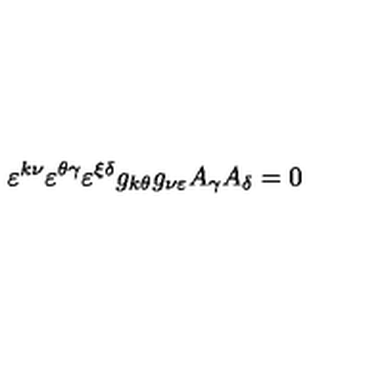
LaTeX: \varepsilon ^ { k \nu } \varepsilon ^ { \theta \gamma } \varepsilon ^ { \xi \delta } g _ { k \theta } g _ { \nu \varepsilon } A _ { \gamma } A _ { \delta } = 0